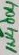
Text: 1N4004